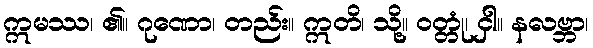
ဣမဿ၊ ၏။ ဂုဏော၊ တည်း။ ဣတိ၊ သို့။ ဝတ္တုံ၊ ငှါ။ နလဗ္ဘာ၊